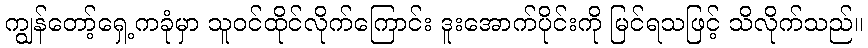
ကျွန်တော့်ရှေ့ကခုံမှာ သူဝင်ထိုင်လိုက်ကြောင်း ဒူးအောက်ပိုင်းကို မြင်ရသဖြင့် သိလိုက်သည်။